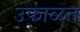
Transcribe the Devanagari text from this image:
उफाळत